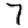
Digit: 7